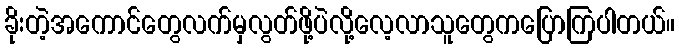
ခိုးတဲ့အကောင်တွေလက်မှလွတ်ဖို့ပဲလို့လေ့လာသူတွေကပြောကြပါတယ်။